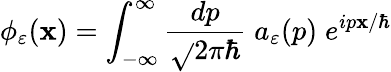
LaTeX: \phi_{\varepsilon}(\mathbf{x})=\int_{-\infty}^{\infty}\frac{{dp}}{{\sqrt{}{{2\pi\hbar}}}}\; a_{\varepsilon}(p)\; e^{ip\mathbf{x}/\hbar}